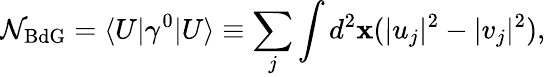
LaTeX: \mathcal{N}_{\mathrm{BdG}}=\langle U|\gamma^{0}|U\rangle\equiv\sum_{j}\int d^{2}\mathbf{x}(|u_{j}|^{2}-|v_{j}|^{2}),